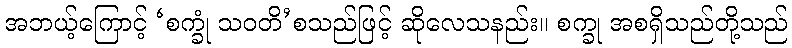
အဘယ့်ကြောင့် ‘စက္ခုံ သဝတိ’စသည်ဖြင့် ဆိုလေသနည်း။ စက္ခု အစရှိသည်တို့သည်